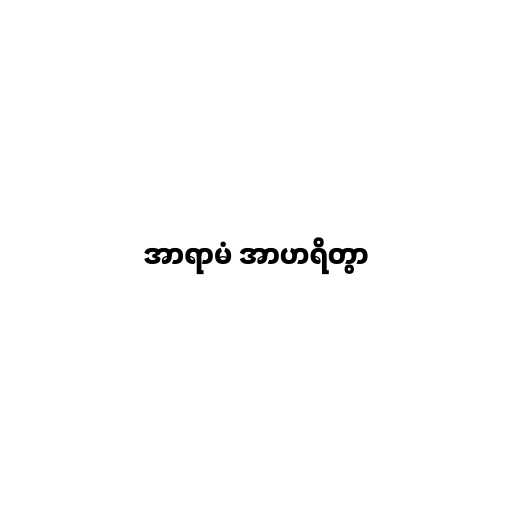
အာရာမံ အာဟရိတွာ